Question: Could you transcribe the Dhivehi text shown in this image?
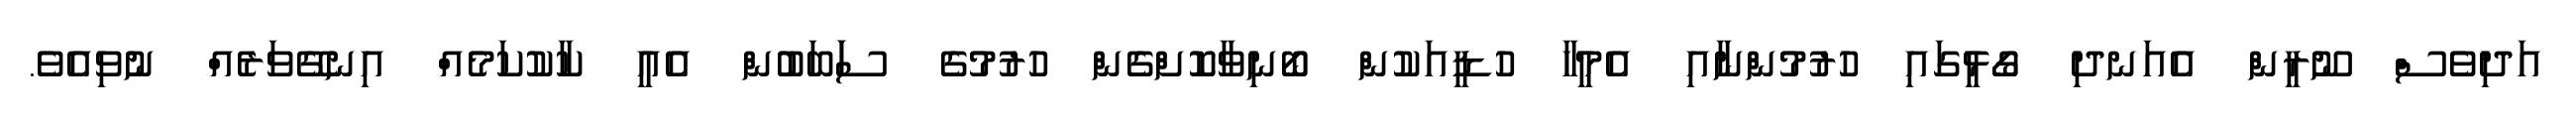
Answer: އަދިވެސް ނޫރީން އެއަނދި ގޯޅީގައި ހުރުމުންނާއި އެމީހާ ހުޑީއަކުން ބޯނިވާކޮށްގެން ހުރުމުގެ ސަަބަބުން އެއީ ކާކުކަމެއް އިނގޭވަރެއް ނުވިއެވެ.